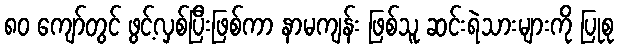
၈၀ ကျော်တွင် ဖွင့်လှစ်ပြီးဖြစ်ကာ နာမကျန်း ဖြစ်သူ ဆင်းရဲသားများကို ပြုစု